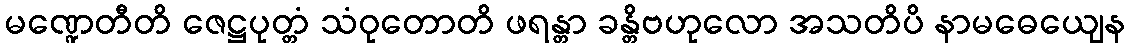
မဏ္ဍေတီတိ ဇေဋ္ဌပုတ္တံ သံဝုတောတိ ဖရန္တာ ခန္တိဗဟုလော အသတိပိ နာမဓေယျေန